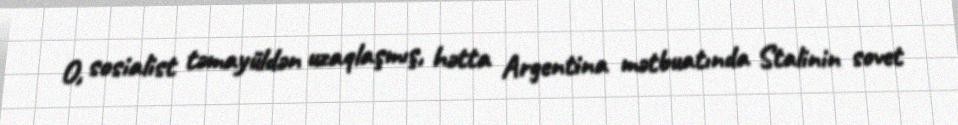
O, sosialist təmayüldən uzaqlaşmış, hətta Argentina mətbuatında Stalinin sovet